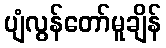
ပျံလွန်တော်မူချိန်